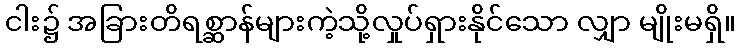
ငါး၌ အခြားတိရစ္ဆာန်များကဲ့သို့လှုပ်ရှားနိုင်သော လျှာ မျိုးမရှိ။